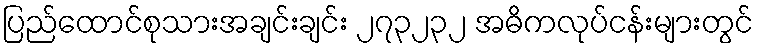
ပြည်ထောင်စုသားအချင်းချင်း ၂၇၃၂၃၂ အဓိကလုပ်ငန်းများတွင်